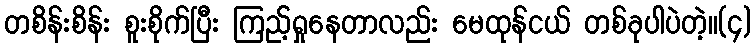
တစိန်းစိန်း စူးစိုက်ပြီး ကြည့်ရှုနေတာလည်း မေထုန်ငယ် တစ်ခုပါပဲတဲ့။(၄)